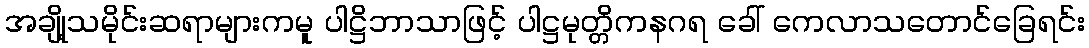
အချို့သမိုင်းဆရာများကမူ ပါဋ္ဌိဘာသာဖြင့် ပါဋ္ဌမုတ္တိကနဂရ ခေါ် ကေလာသတောင်ခြေရင်း